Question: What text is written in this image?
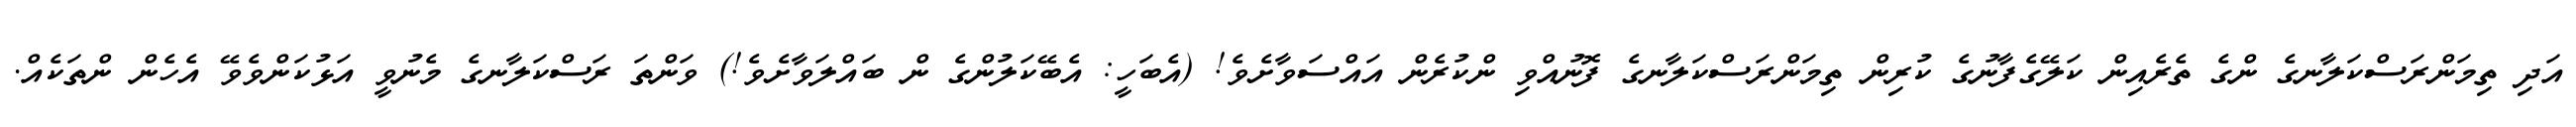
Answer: އަދި ތިމަންރަސްކަލާނގެ ންގެ ތެރެއިން ކަލޭގެފާނުގެ ކުރިން ތިމަންރަސްކަލާނގެ ފޮނުއްވި ންކުރެން އައްސަވާށެވެ! (އެބަހީ: އެބޭކަލުންގެ ން ބައްލަވާށެވެ!) ވަންތަ ރަސްކަލާނގެ މެނުވީ އަޅުކަންވެވޭ އެހެން ންތަކެއް.